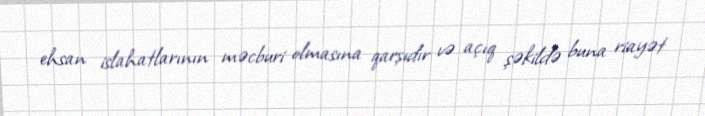
ehsan islahatlarının məcburi olmasına qarşıdır və açıq şəkildə buna riayət